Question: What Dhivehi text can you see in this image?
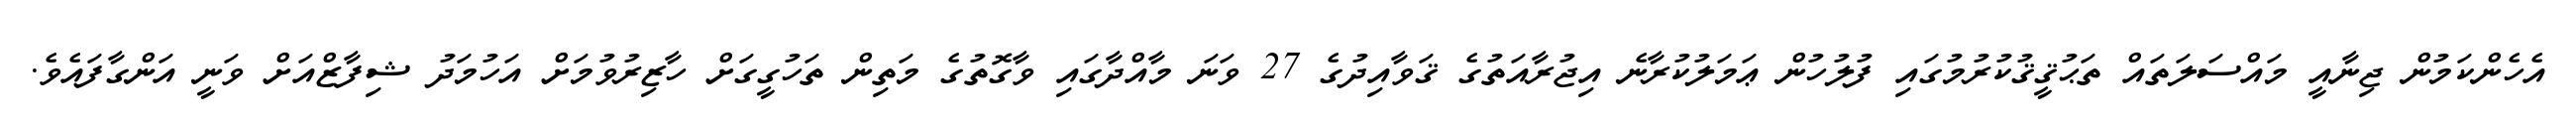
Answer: އެހެންކަމުން ޖިނާއީ މައްސަލަތައް ތަޙުޤީޤުކުރުމުގައި ފުލުހުން ޢަމަލުކުރާނެ އިޖުރާއަތުގެ ޤަވާއިދުގެ 27 ވަނަ މާއްދާގައި ވާގޮތުގެ މަތިން ތަހުގީގަށް ހާޒިރުވުމަށް އަހުމަދު ޝިފާޒްއަށް ވަނީ އަންގާފައެވެ.